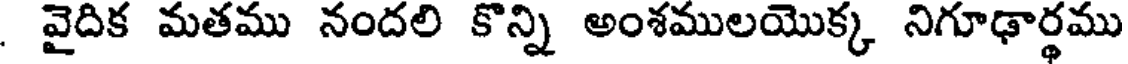
. వైదిక మతము నందలి కొన్ని అంశములయొక్క నిగూఢార్థము